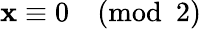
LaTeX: \mathbf{x}\equiv0{\pmod{2}}